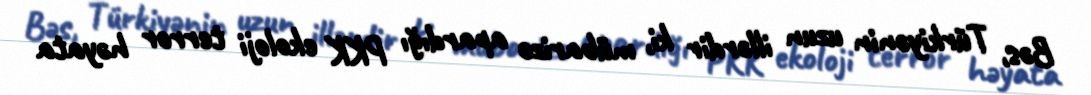
Bəs, Türkiyənin uzun illərdir ki, mübarizə apardığı PKK ekoloji terror həyata